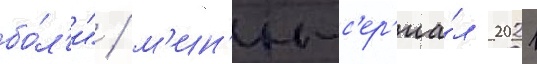
бо́л'и" / м'ин'и-с'ер'иа́л 2021